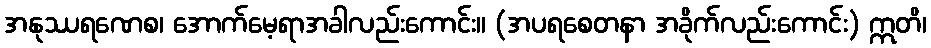
အနုဿရဏေစ၊ အောက်မေ့ရာအခါလည်းကောင်း။ (အပရစေတနာ အခိုက်လည်းကောင်း) ဣတိ၊